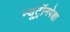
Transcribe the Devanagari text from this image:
न्यूट्रॉनपेक्षा